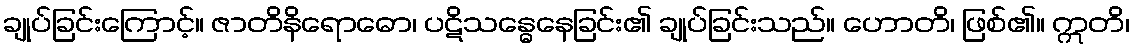
ချုပ်ခြင်းကြောင့်။ ဇာတိနိရောဓော၊ ပဋိသန္ဓေနေခြင်း၏ ချုပ်ခြင်းသည်။ ဟောတိ၊ ဖြစ်၏။ ဣတိ၊